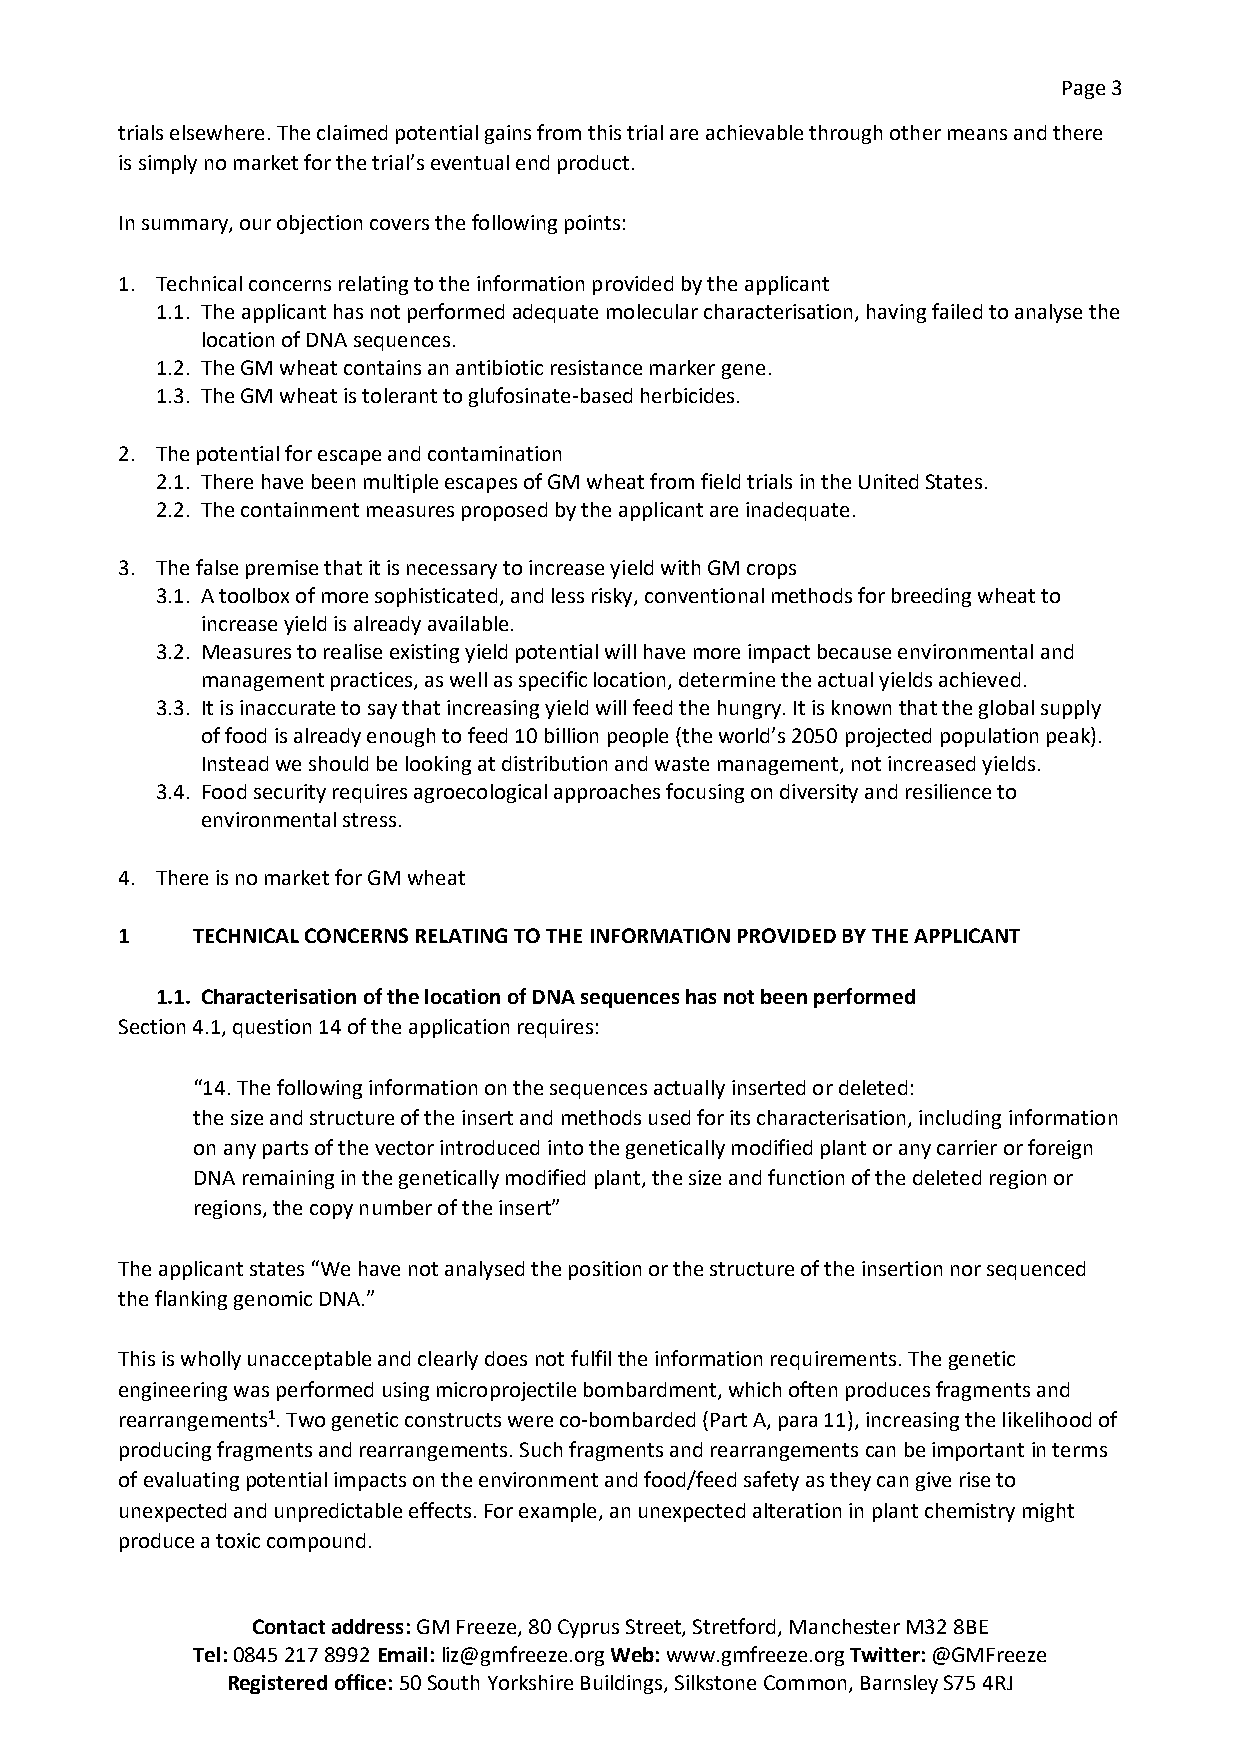
Page 3
 trials elsewhere. The claimed potential gains from this trial are achievable through other means and there
 is simply no market for the trial’s eventual end product.
 In summary, our objection covers the following points:
 1. Technical concerns relating to the information provided by the applicant
 1.1. The applicant has not performed adequate molecular characterisation, having failed to analyse the
 location of DNA sequences.
 1.2. The GM wheat contains an antibiotic resistance marker gene.
 1.3. The GM wheat is tolerant to glufosinate-based herbicides.
 2. The potential for escape and contamination
 2.1. There have been multiple escapes of GM wheat from field trials in the United States.
 2.2. The containment measures proposed by the applicant are inadequate.
 3. The false premise that it is necessary to increase yield with GM crops
 3.1. A toolbox of more sophisticated, and less risky, conventional methods for breeding wheat to
 increase yield is already available.
 3.2. Measures to realise existing yield potential will have more impact because environmental and
 management practices, as well as specific location, determine the actual yields achieved.
 3.3. It is inaccurate to say that increasing yield will feed the hungry. It is known that the global supply
 of food is already enough to feed 10 billion people (the world’s 2050 projected population peak).
 Instead we should be looking at distribution and waste management, not increased yields.
 3.4. Food security requires agroecological approaches focusing on diversity and resilience to
 environmental stress.
 4. There is no market for GM wheat
 1    TECHNICAL CONCERNS RELATING TO THE INFORMATION PROVIDED BY THE APPLICANT
 1.1. Characterisation of the location of DNA sequences has not been performed
 Section 4.1, question 14 of the application requires:
 “14. The following information on the sequences actually inserted or deleted:
 the size and structure of the insert and methods used for its characterisation, including information
 on any parts of the vector introduced into the genetically modified plant or any carrier or foreign
 DNA remaining in the genetically modified plant, the size and function of the deleted region or
 regions, the copy number of the insert”
 The applicant states “We have not analysed the position or the structure of the insertion nor sequenced
 the flanking genomic DNA.”
 This is wholly unacceptable and clearly does not fulfil the information requirements. The genetic
 engineering was performed using microprojectile bombardment, which often produces fragments and
 rearrangements1. Two genetic constructs were co-bombarded (Part A, para 11), increasing the likelihood of
 producing fragments and rearrangements. Such fragments and rearrangements can be important in terms
 of evaluating potential impacts on the environment and food/feed safety as they can give rise to
 unexpected and unpredictable effects. For example, an unexpected alteration in plant chemistry might
 produce a toxic compound.
 Contact address: GM Freeze, 80 Cyprus Street, Stretford, Manchester M32 8BE
 Tel: 0845 217 8992 Email: liz@gmfreeze.org Web: www.gmfreeze.org Twitter: @GMFreeze
 Registered office: 50 South Yorkshire Buildings, Silkstone Common, Barnsley S75 4RJ